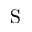
\mathrm { S }